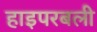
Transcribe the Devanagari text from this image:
हाइपरबली